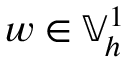
w \in \mathbb { V } _ { h } ^ { 1 }